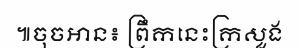
៕ចុចអាន៖ ព្រឹកនេះក្រសួង